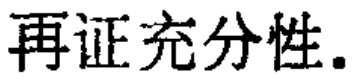
再证充分性.